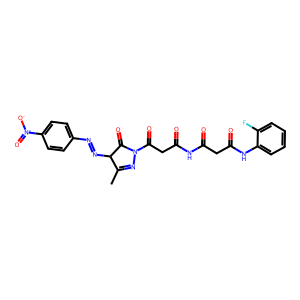
SMILES: CC1=NN(C(=O)CC(=O)NC(=O)CC(=O)Nc2ccccc2F)C(=O)C1N=Nc1ccc([N+](=O)[O-])cc1
Inhibits HIV replication: No